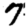
Digit: 7